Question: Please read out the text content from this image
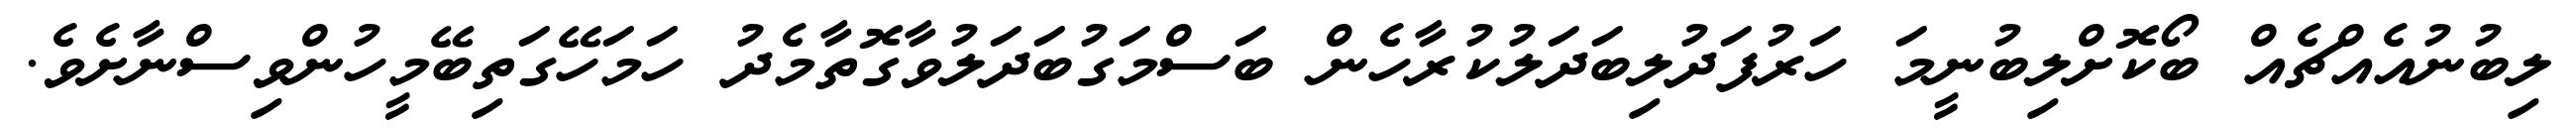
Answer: ލިބުނުއެއްޗެއް ބޯކޮށްލިބުނީމަ ހަރުފަދުލިބަދަލުކުރާހެން ބަސްމަގުބަދަލުވާގޮތާމެދު ހަމަހޭގަތިބޭމީހުންވިސްނާށެވެ.